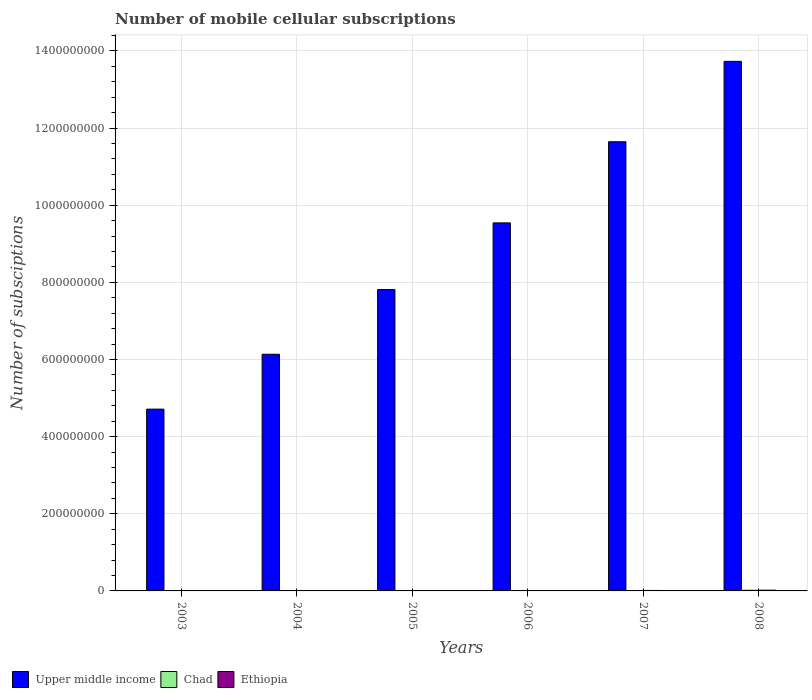
| Years | Upper middle income | Chad | Ethiopia |
 | --- | --- | --- | --- |
 | 2003 | 4.71e+08 | 6.5e+04 | 5.13e+04 |
 | 2004 | 6.14e+08 | 1.23e+05 | 1.56e+05 |
 | 2005 | 7.81e+08 | 2.1e+05 | 4.11e+05 |
 | 2006 | 9.54e+08 | 4.66e+05 | 8.67e+05 |
 | 2007 | 1.16e+09 | 9.18e+05 | 1.21e+06 |
 | 2008 | 1.37e+09 | 1.6e+06 | 1.95e+06 |